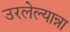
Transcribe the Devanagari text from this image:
उरलेल्यान्ना